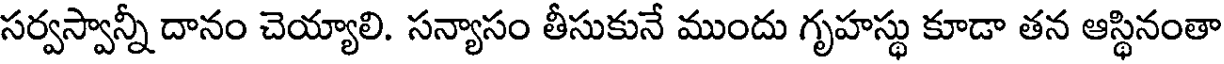
సర్వస్వాన్నీ దానం చెయ్యాలి. సన్యాసం తీసుకునే ముందు గృహస్థు కూడా తన ఆస్థినంతా